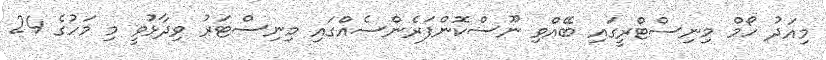
މިއަދު ހޯމް މިނިސްޓްރީގައި ބޭއްވި ނޫސްކޮންފަރެންސެއްގައި މިނިސްޓަރު ވިދާޅުވީ މި މަހުގެ 24